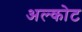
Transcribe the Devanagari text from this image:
अल्कोट